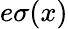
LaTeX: e\sigma(x)